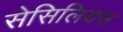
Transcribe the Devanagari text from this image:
सेसिलियस